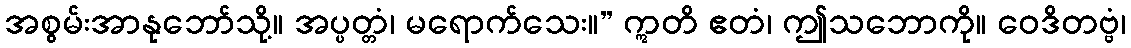
အစွမ်းအာနုဘော်သို့။ အပ္ပတ္တံ၊ မရောက်သေး။” ဣတိ ဧတံ၊ ဤသဘောကို။ ဝေဒိတဗ္ဗံ၊